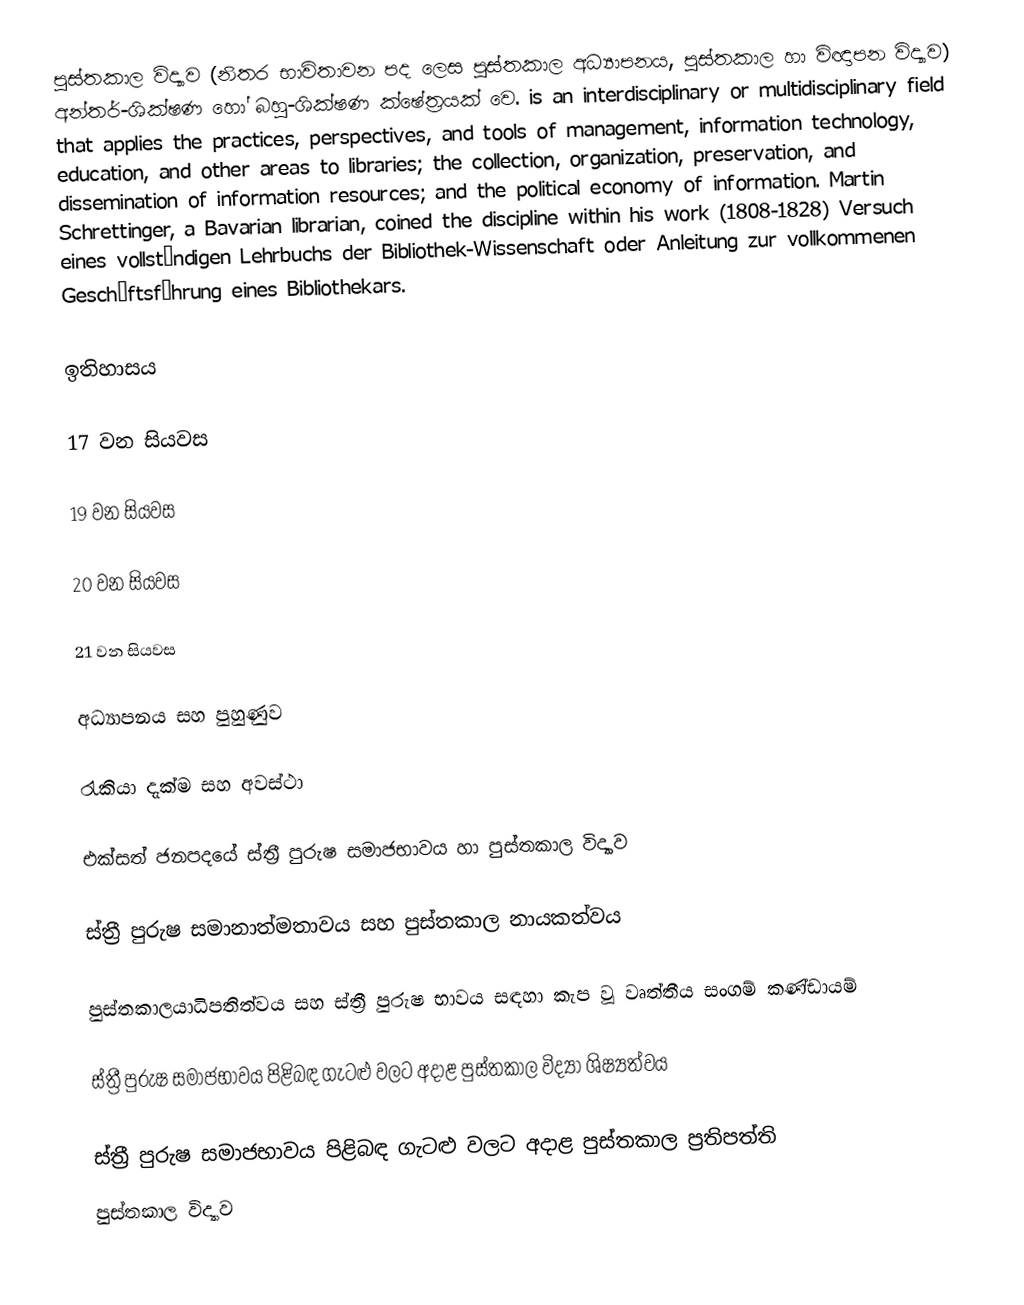
පුස්තකාල විද්‍යාව (නිතර භාවිතාවන පද ලෙස  පුස්තකාල අධ්‍යාපනය,  පුස්තකාල හා විඥාපන විද්‍යාව) අන්තර්-ශික්ෂණ හෝ බහු-ශික්ෂණ ක්ෂේත්‍රයක් වෙ. is an interdisciplinary or multidisciplinary field that applies the practices, perspectives, and tools of management, information technology, education, and other areas to libraries; the collection, organization, preservation, and dissemination of information resources; and the political economy of information. Martin Schrettinger, a Bavarian librarian, coined the discipline within his work (1808-1828) Versuch eines vollständigen Lehrbuchs der Bibliothek-Wissenschaft oder Anleitung zur vollkommenen Geschäftsführung eines Bibliothekars.

ඉතිහාසය

17 වන සියවස

19 වන සියවස

20 වන සියවස

21 වන සියවස

අධ්‍යාපනය සහ පුහුණුව

රැකියා දැක්ම සහ අවස්ථා

එක්සත් ජනපදයේ ස්ත්‍රී පුරුෂ සමාජභාවය හා පුස්තකාල විද්‍යාව

ස්ත්‍රී පුරුෂ සමානාත්මතාවය සහ පුස්තකාල නායකත්වය

පුස්තකාලයාධිපතිත්වය සහ ස්ත්‍රී පුරුෂ භාවය සඳහා කැප වූ වෘත්තීය සංගම් කණ්ඩායම්

ස්ත්‍රී පුරුෂ සමාජභාවය පිළිබඳ ගැටළු වලට අදාළ පුස්තකාල විද්‍යා ශිෂ්‍යත්වය

ස්ත්‍රී පුරුෂ සමාජභාවය පිළිබඳ ගැටළු වලට අදාළ පුස්තකාල ප්‍රතිපත්ති
පුස්තකාල විද්‍යාව